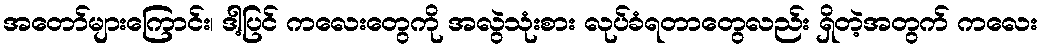
အတော်များကြောင်း၊ ဒါ့ပြင် ကလေးတွေကို အလွဲသုံးစား လုပ်ခံရတာတွေလည်း ရှိတဲ့အတွက် ကလေး